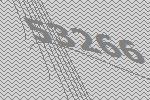
53266